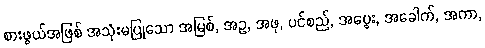
စားဖွယ်အဖြစ် အသုံးမပြုသော အမြစ်, အဥ, အဖု, ပင်စည်, အပွေး, အခေါက်, အကာ,